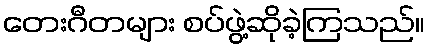
တေးဂီတများ စပ်ဖွဲ့ဆိုခဲ့ကြသည်။